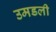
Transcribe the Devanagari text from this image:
उमडली